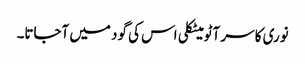
نوری کا سر آٹو میٹکلی اس کی گود میں آجاتا۔